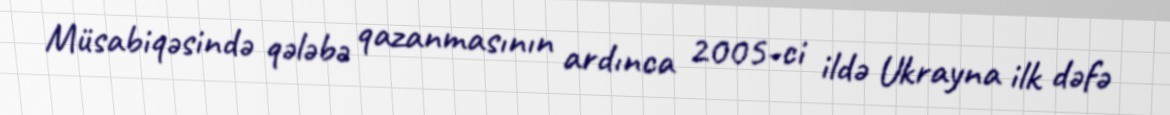
Müsabiqəsində qələbə qazanmasının ardınca 2005-ci ildə Ukrayna ilk dəfə